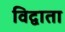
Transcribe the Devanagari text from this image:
विद्वाता